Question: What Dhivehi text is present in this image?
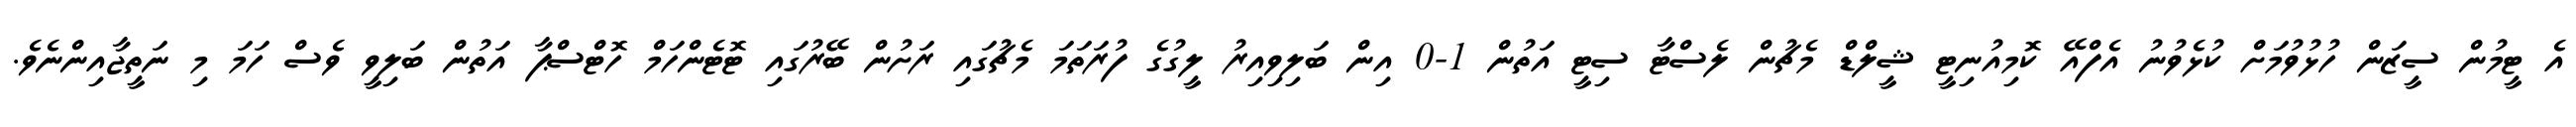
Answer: އެ ޓީމުން ސީޒަން ހުޅުވުމަށް ކުޅެވުނު އެފްއޭ ކޮމިއުނިޓީ ޝީލްޑް މެޗުން ލެސްޓާ ސިޓީ އަތުން 1-0 އިން ބަލިވިއިރު ލީގުގެ ފުރަތަމަ މެޗުގައި ރަށުން ބޭރުގައި ޓޮޓެންހަމް ހޮޓްސްޕާ އަތުން ބަލިވީ ވެސް ހަމަ މި ނަތީޖާއިންނެވެ.